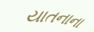
યાતનાના